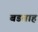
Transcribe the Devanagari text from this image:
बडवाह